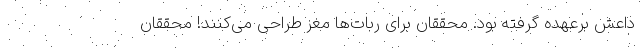
داعش برعهده گرفته بود. محققان برای ربات‌ها مغز طراحی می‌کنند! محققان